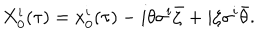
X _ { 0 } ^ { i } ( \tau ) = x _ { 0 } ^ { i } ( \tau ) - i \theta \sigma ^ { i } \bar { \zeta } + i \zeta \sigma ^ { i } \bar { \theta } .